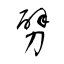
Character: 劈